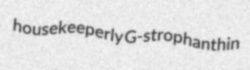
housekeeperly G-strophanthin